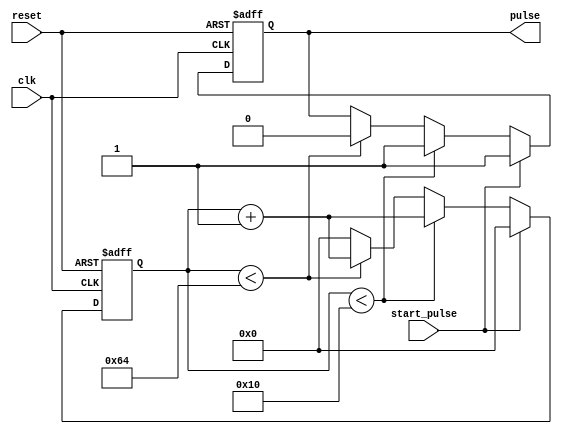
module pulse_generator (
    input wire clk,        // Clock signal
    input wire reset,      // Reset signal
    input wire start_pulse, // Signal to trigger pulse generation
    output reg pulse        // Generated pulse signal
);

reg [31:0] counter;
parameter PULSE_WIDTH = 16; // Width of the generated pulse
parameter PULSE_INTERVAL = 100; // Interval between pulses

always @(posedge clk or posedge reset) begin
    if (reset) begin
        counter <= 0;
        pulse <= 0;
    end else if (start_pulse) begin
        counter <= 0;
        pulse <= 1;
    end else if (counter < PULSE_WIDTH) begin
        pulse <= 1;
        counter <= counter + 1;
    end else if (counter < PULSE_INTERVAL) begin
        pulse <= 0;
        counter <= counter + 1;
    end else begin
        counter <= 0;
    end
end

endmodule